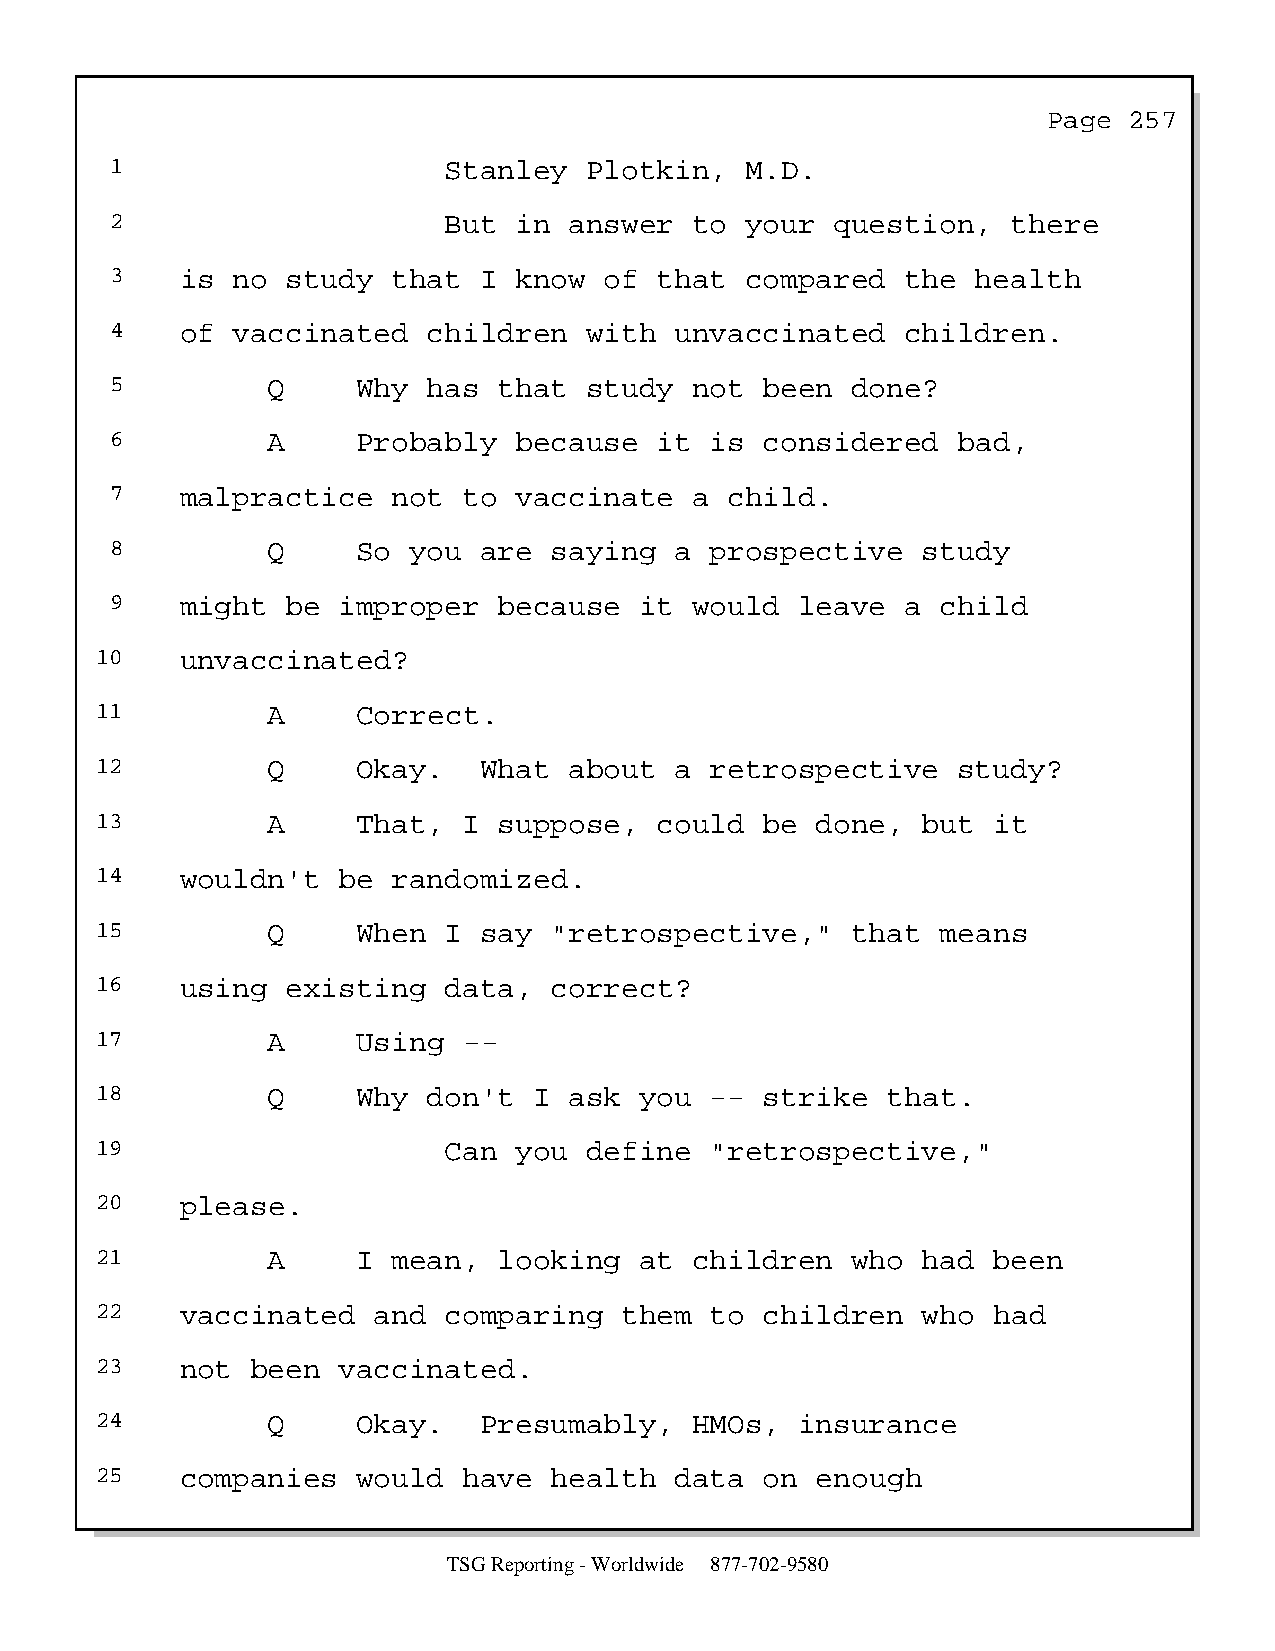
Page  257
 1                     Stanley   Plotkin,  M.D.
 2                     But  in  answer  to your  question,   there
 3    is no  study  that  I know  of  that compared   the  health
 4    of vaccinated   children   with  unvaccinated   children.
 5          Q     Why has  that  study  not  been done?
 6          A     Probably  because   it is  considered  bad,
 7    malpractice   not  to vaccinate   a child.
 8          Q     So you  are saying   a prospective   study
 9    might  be improper   because  it  would  leave  a child
 10    unvaccinated?
 11          A     Correct.
 12          Q     Okay.   What  about  a retrospective   study?
 13          A     That,  I suppose,   could  be done,  but  it
 14    wouldn't  be  randomized.
 15          Q     When I  say "retrospective,"    that  means
 16    using  existing  data,  correct?
 17          A     Using  --
 18          Q     Why don't  I  ask you  --  strike  that.
 19                     Can  you  define  "retrospective,"
 20    please.
 21          A     I mean,  looking  at  children  who  had  been
 22    vaccinated   and comparing   them  to  children  who  had
 23    not  been vaccinated.
 24          Q     Okay.   Presumably,   HMOs,  insurance
 25    companies   would  have health   data  on enough
 TSG Reporting - Worldwide 877-702-9580